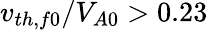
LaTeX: v_{th,f0}/V_{A0}>0.23